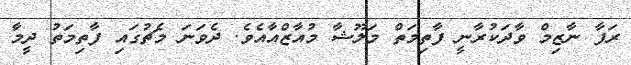
ރަފާ ނާޒިމް ވާދަކުރާނީ ފާތިމަތް މަލޫޝާ މުއާޒްއާއެވެ. ދެވަނަ މެޗުގައި ފާތިމަތު ދީމާ